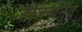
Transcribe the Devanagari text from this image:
सौजन्येनैव